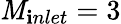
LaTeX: \mathit{M}_{\mathbf{i}nlet}=3